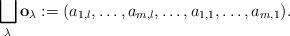
LaTeX: \begin{align*}\bigsqcup_\lambda \mathbf{o}_\lambda:= (a_{1,l},\dots, a_{m,l}, \dots, a_{1,1}, \dots, a_{m,1}).\end{align*}